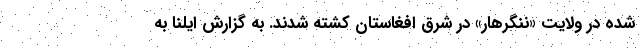
شده در ولایت «ننگرهار» در شرق افغاستان کشته شدند. به گزارش ایلنا به